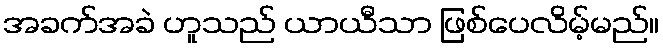
အခက်အခဲ ဟူသည် ယာယီသာ ဖြစ်ပေလိမ့်မည်။